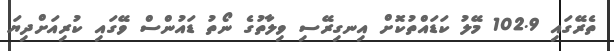
ތެރޭގައި 102.9 މޭލު ކަޑައްތުކޮށް އިނގިރޭސި ވިލާތުގެ ނޯތު ޑައުންސް ވޭގައި ކުރިއަށްދިޔަ